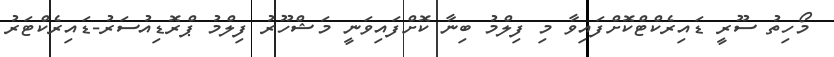
މޯހިތު ސޫރީ ޑައިރެކްޓްކޮށްފައިވާ މި ފިލްމު ބިނާ ކޮށްފައިވަނީ މަޝްހޫރު ފިލްމު ޕްރޮޑިއުސަރު-ޑައިރެކްޓަރު